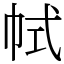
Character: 𢂑